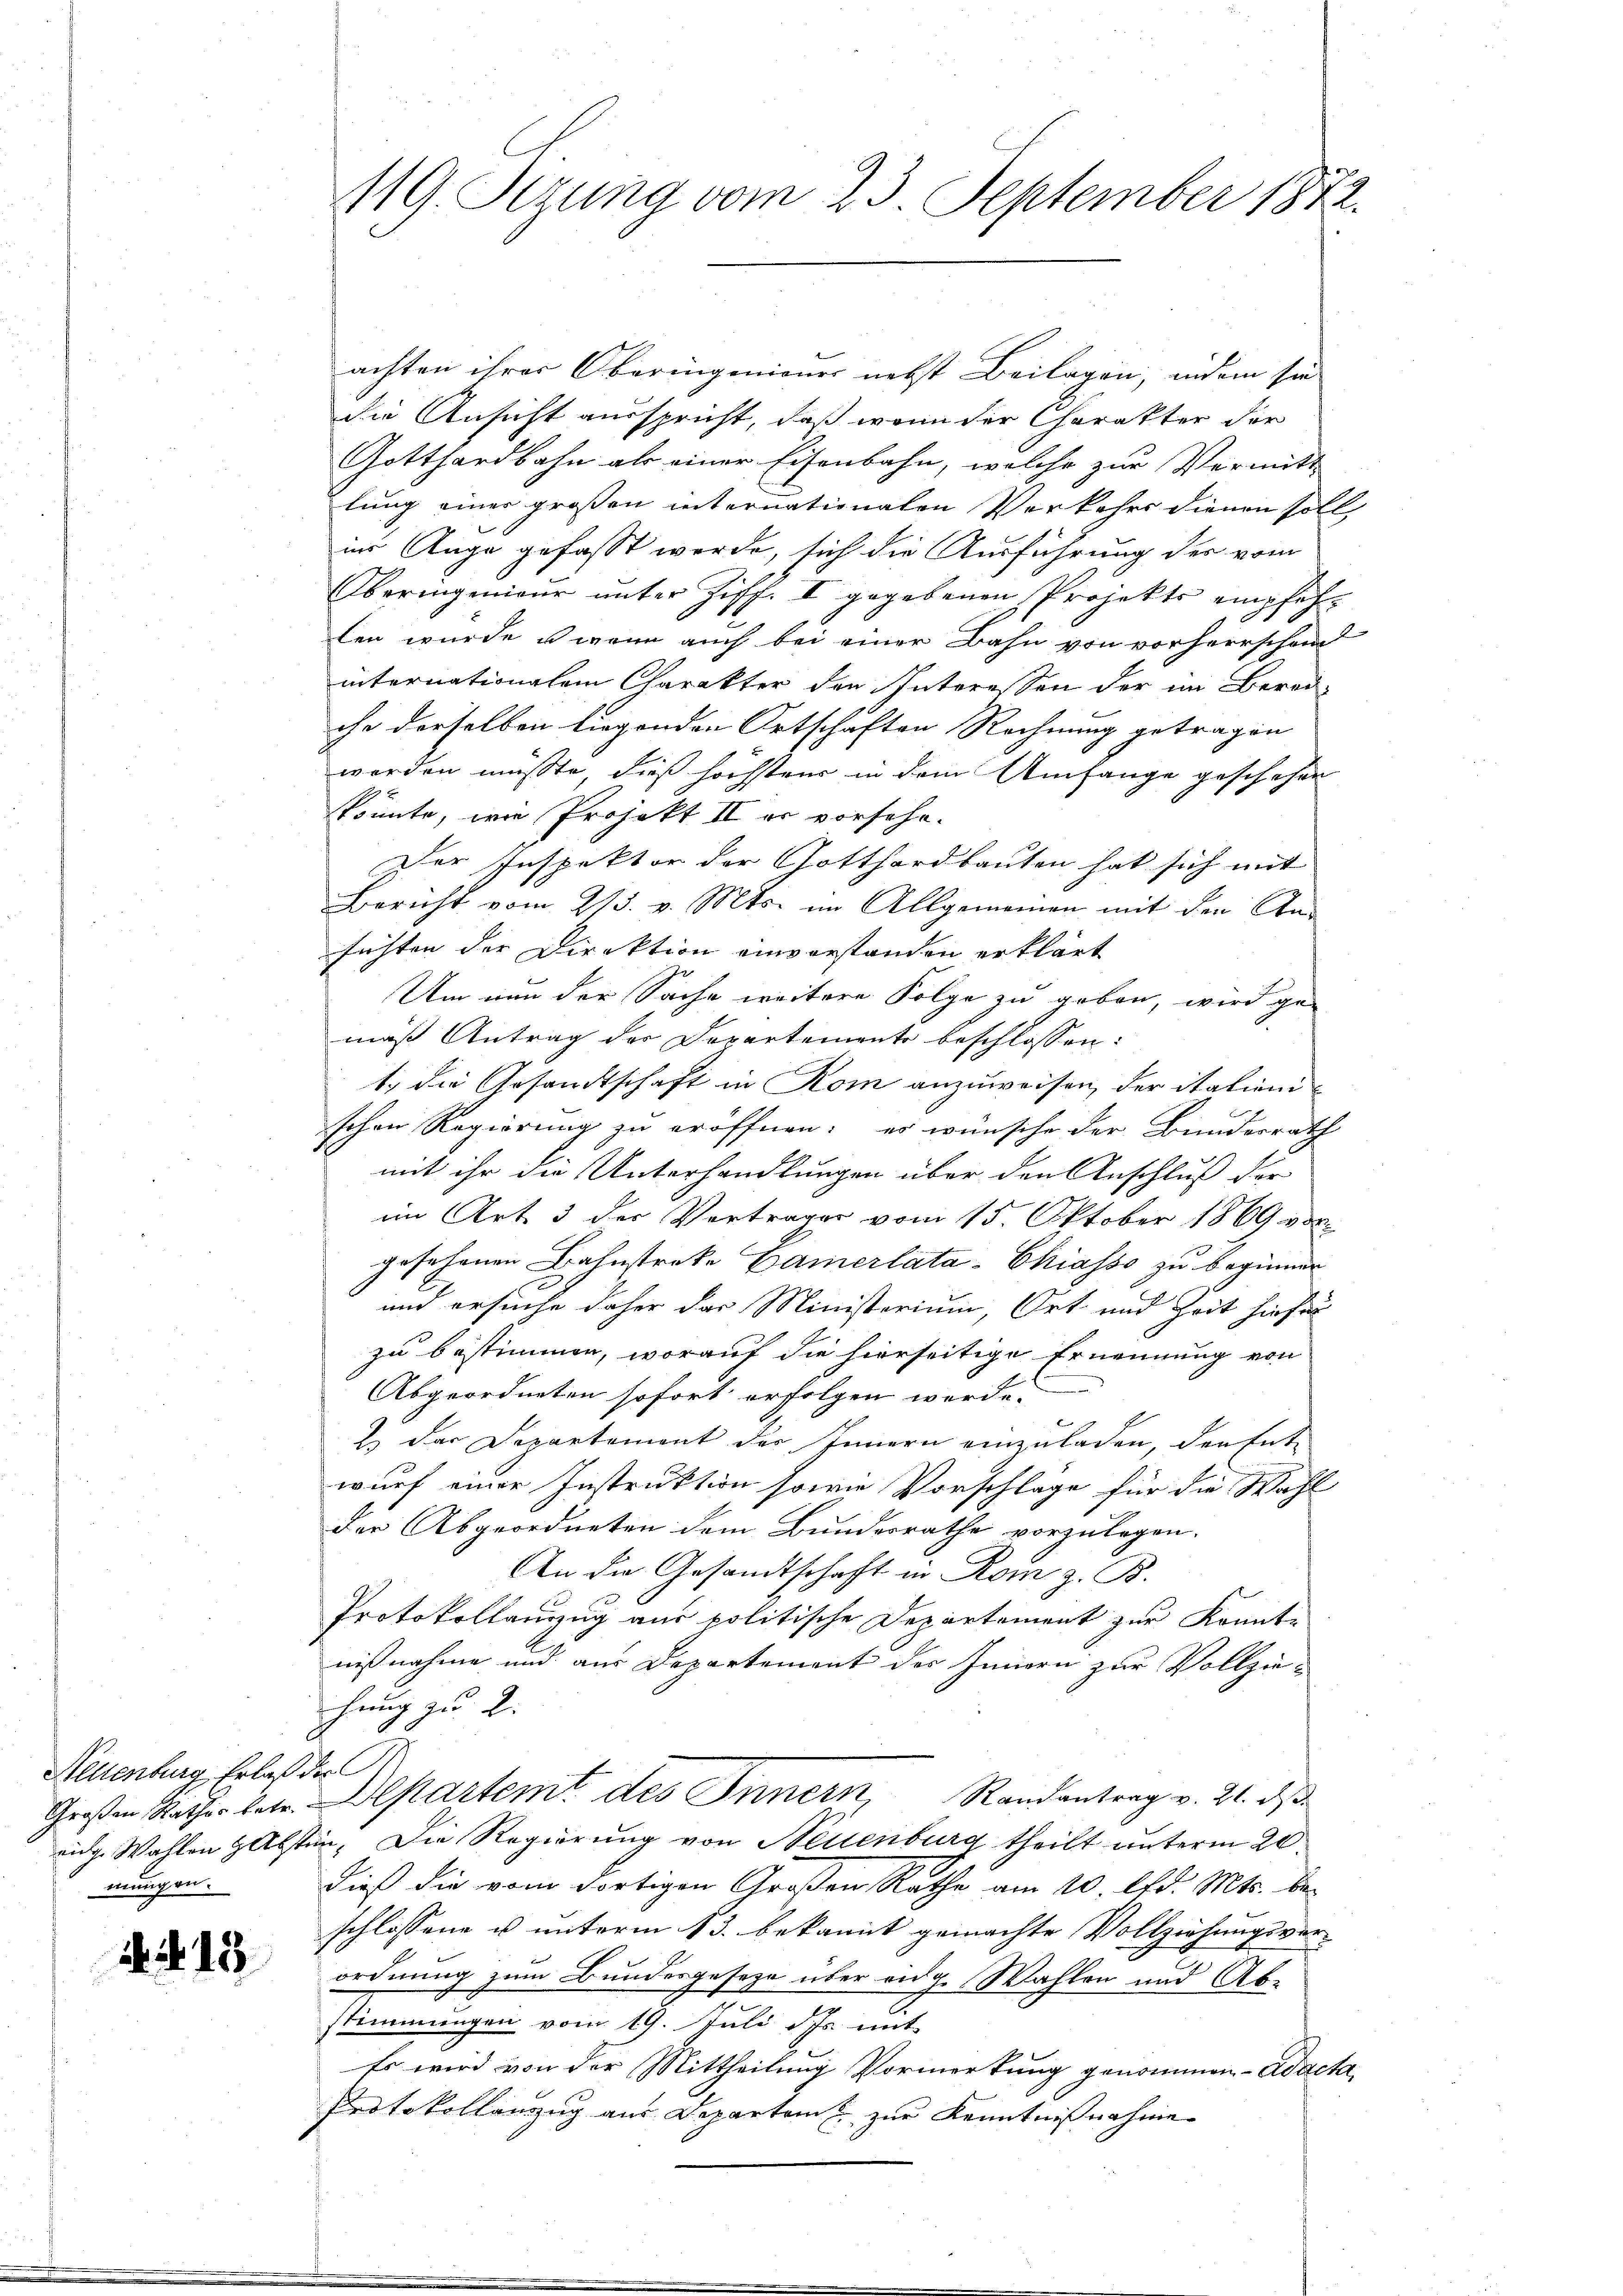
Neuenburg Erlaß der
mungen.

1 S. 15

119. Sizung vom 23. September 1872.

achten ihrer Oberingeniener nebst Beilagen, indem sie
die Ansicht ausspricht, daß wenn der Charakter der
Gotthardbahn als einer Eisenbahn, welche zur Vermitt
lung einer großen internationalen Verkehrs dienen soll
ins Auge gefasst werde, sich die Ausführung der vom
Oberingenieŭr ŭnter Ziff. II gegebenen Projekts empfehlen wurde u. wenn auch bei einer Bahn von vorherrschand
internationalem Charakter den Interessen der im Berei-
che derselben liegenden Ortschaften Rechnung getragen
werden müsste, dieß höchstens in dem Umfange geschehen
könnte, wie Projekt II er vorsehe.
Der Inspektor der Gotthardbauten hat sich mit
Bericht vom 2/3. v. Mts. im Allgemeinen mit den An-
sichten der Direktion einverstanden erklärt
Um nun der Sache weitere Folge zu geben, wird ge-
mäß Antrag der Departemente beschlossen:
1. die Gesandtschaft in Rom anzuweisen, der italienischen Regierung zu eröffnen; es wünsche der Bundesrath
mit ihr die Unterhandlungen über den Anschluß der
im Art. 3 der Vertrages vom 15. Oktober 1869 vor
gesehenen Bahnstreke Camerlata-Chiasso zu beginner
und ersuche daher das Ministerium, Ort und Zeit hiefür
zu bestimmen, worauf die hierseitige Ernennung von
Abgeordneten sofort erfolgen werde.
2) der Departement des Innern einzuladen, den Ent-
wurf einer Instruktion sowie Vorschlage für die Wahl
der Abgeordneten dem Bundesrathe vorzulegen.
An die Gesandtschaft in Rom z. B.
Protokollanzug aus politische Departement zur Konnte
nißnahme und aus Departement der Innern zur Vollzieehung zu 2.
Großen Rather betr. Departemt des Innern Randantrag v. 21. d
eig. Wahlen Absten. Die Regierung von Neuenburg theilt unterm 20.
dieß die vom dortigen Großen Rathe am 10. d. Mts. beschlossene u unterm 13. bekannt gemachte Vollziehungsver-
ordnung zum Bundesgesetze über eidg. Wahlen und Ab-
stimmungen vom 19. Juli d. Js. mit
Es wird von der Mittheilung Vormerkung genommen- Adacta
Protokollanzug aus Departeme zur Kenntnißnahme